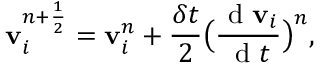
\mathbf { v } _ { i } ^ { n + \frac { 1 } { 2 } } = \mathbf { v } _ { i } ^ { n } + \frac { \delta t } { 2 } \big ( \frac { \mathrm { ~ d ~ } \mathbf { v } _ { i } } { \mathrm { ~ d ~ } t } \big ) ^ { n } ,